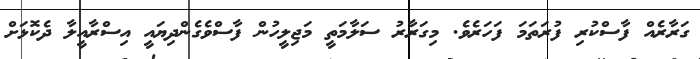
ގަރާރެއް ފާސްކުރި ފުރަތަމަ ފަހަރެވެ. މިގަރާރު ސަލާމަތީ މަޖިލީހުން ފާސްވެގެންދިޔައީ އިސްރާއީލާ ދެކޮޅަށް